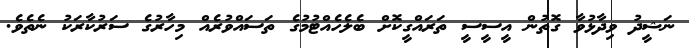
ނަޝީދު ވިދާޅުވާ ގޮތުން އީސީސީ ތަރައްގީކޮށް ބެލެހެއްޓުމުގެ ތަސައްވުރެއް މިހާރުގެ ސަރުކާރަކު ނެތެވެ.